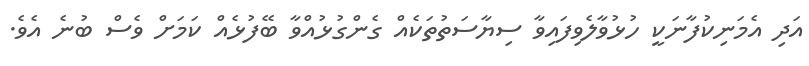
އަދި އެމަނިކުފާނަކީ ހުޅުވާލެވިފައިވާ ސިޔާސަތުތަކެއް ގެންގުޅުއްވާ ބޭފުޅެއް ކަމަށް ވެސް ބުނެ އެވެ.